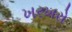
ખરખરો